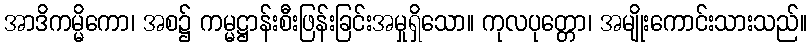
အာဒိကမ္မိကော၊ အစ၌ ကမ္မဋ္ဌာန်းစီးဖြန်းခြင်းအမှုရှိသော။ ကုလပုတ္တော၊ အမျိုးကောင်းသားသည်။